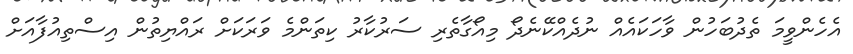
އެހެންވީމަ ތެދުބަހުން ވާހަކައެއް ނުދެއްކޭނެދޯ މިއޯގާތެރި ސަރުކާރު ކިތަންމެ ވަރަކަށް ރައްޔިތުން އިސްތިއުފާއަށް